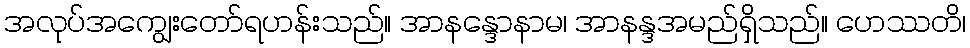
အလုပ်အကျွေးတော်ရဟန်းသည်။ အာနန္ဒောနာမ၊ အာနန္ဒအမည်ရှိသည်။ ဟေဿတိ၊